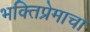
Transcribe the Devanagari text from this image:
भक्तिप्रेमाचा